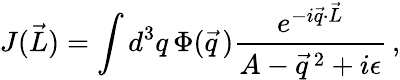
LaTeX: J(\vec{L})=\int d^{3}q\, \Phi(\vec{q}\, )\frac{e^{-i\vec{q}\cdot\vec{L}}}{A-\vec{q}\, ^{2}+i\epsilon}\, ,